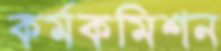
কর্মকমিশন